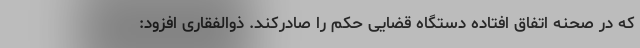
که در صحنه اتفاق افتاده دستگاه قضایی حکم را صادرکند. ذوالفقاری افزود: